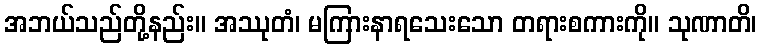
အဘယ်သည်တို့နည်း။ အဿုတံ၊ မကြားနာရသေးသော တရားစကားကို။ သုဏာတိ၊